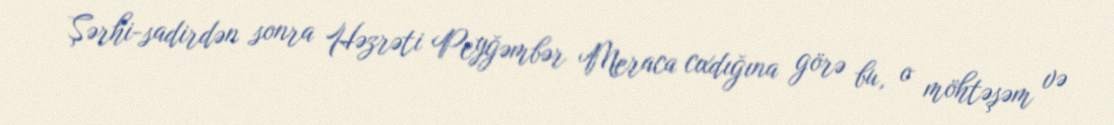
Şərhi-sadirdən sonra Həzrəti Peyğəmbər Meraca cıxdığına görə bu, o möhtəşəm və